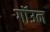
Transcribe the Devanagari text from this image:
गॉउन